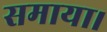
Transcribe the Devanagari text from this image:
समाया।